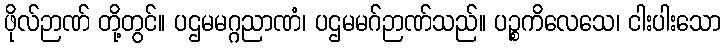
ဖိုလ်ဉာဏ် တို့တွင်။ ပဌမမဂ္ဂညာဏံ၊ ပဌမမဂ်ဉာဏ်သည်။ ပဉ္စကိလေသေ၊ ငါးပါးသော